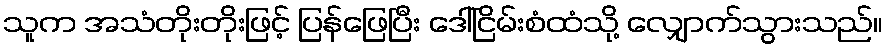
သူက အသံတိုးတိုးဖြင့် ပြန်ဖြေပြီး ဒေါ်ငြိမ်းစံထံသို့ လျှောက်သွားသည်။